Civil Veterinary Dept. Bombay admin report 1914-1922 - 1914-1922
Year: 1914
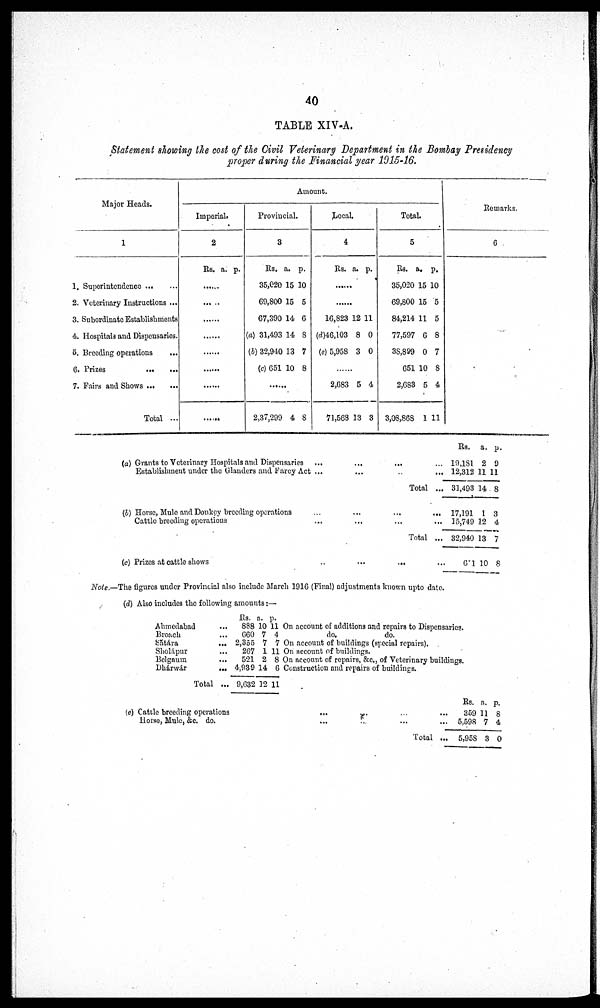
40
TABLE XIV-A.
Statement showing the cost of the Civil Veterinary Department in the Bombay Presidency
proper during the Financial year 1915-16.
Major Heads.
1
1. Superintendence ... ...
2. Veterinary Instructions ...
3. Subordinate Establishments
4. Hospitals and Dispensaries.
5. Breeding operations ...
6. Prizes ... ...
7. Fairs and Shows ...
...
Total ...
Amount.
Imperial.
2
Rs. a. p.
......
......
......
......
......
......
......
......
Provincial.
3
Rs.
35,020
69,800
67,390
(a) 31,493
(b) 32,940
(c) 651
a.
15
15
14
14
13
10
p.
10
5
6
8
7
8
......
2,37,299 4 8
Local.
4
Rs. a. p.
......
......
16,823
(d)46,103
(e) 5,958
12 1
8
3
1
0
0
......
2,683
71,563
5
13
4
3
Total.
5
Rs.
35,020
69,800
84,214
77,597
38,899
651
2,683
3,08,868
a.
15
15
11
6
0
10
5
1
p.
10
5
5
8
7
8
4
11
Remarks.
6
(a) Grants to Veterinary Hospitals and Dispensaries ... ... ... ...
Establishment under the Glanders and Farcy Act . ... ... ... ...
Total ...
(b) Horse, Mule and Donkey breeding operations ... ... ... ...
Cattle breeding operations ... ... ... ...
Total ...
(c) Prizes at cattle shows ... ... ... ...
Rs.
19,181
12,312
31,493
17,191
15,749
32,940
6 1
a.
2
11
14
1
12
13
10
p.
9
11
8
3
4
7
8
Note.—The figures under Provincial also include March 1916 (Final) adjustments known upto date.
(d) Also includes the following amounts:—
Ahmedabad
...
Broach
...
Sátára
...
Sholápur
...
Belgaum
...
Dhárwár
...
Total ...
Rs.
888
660
2,355
267
521
4,939
9,632
a.
10
7
7
1
2
14
12
p.
11
4
7
11
8
6
11
On account of additions and repairs to Dispensaries
do.
do.
On account of buildings (special repairs).
On account of buildings.
On account of repairs, &c., of Veterinary buildings.
Construction and repairs of buildings.
(e) Cattle breeding operations
...
...
...
...
Horse, Mule, &c. do.
...
...
...
...
Total ...
Rs.
359
5,598
5,958
a.
11
7
3
p.
8
4
0